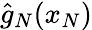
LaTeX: {\hat{g}}_{N}(x_{N})